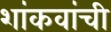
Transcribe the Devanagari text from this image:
शांकवांची